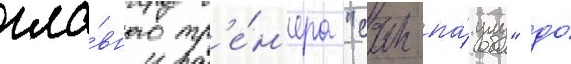
гла́вного тр'е́н'ера "сан-па́улу" до́